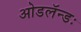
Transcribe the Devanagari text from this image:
ओडलॅन्डः